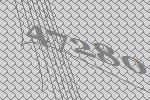
47280